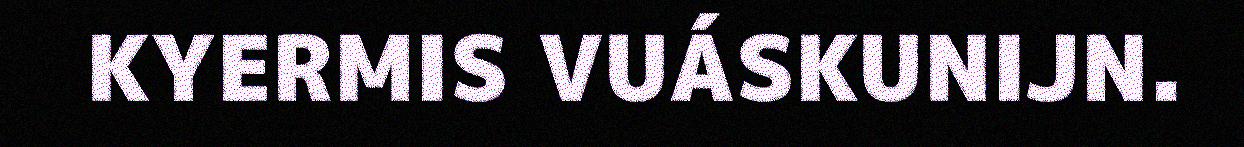
KYERMIS VUÁSKUNIJN.